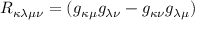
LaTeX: R _ { \kappa \lambda \mu \nu } = ( g _ { \kappa \mu } g _ { \lambda \nu } - g _ { \kappa \nu } g _ { \lambda \mu } )